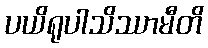
ပယိရုပါသိဿာမီတိ